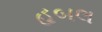
હબલ